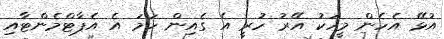
އުޅޭ އެހެން މީހަކު އޭރު ހުރީ އެ ގެއިން ހަމަ އެ އެޕާޓްމެންޓާއި